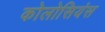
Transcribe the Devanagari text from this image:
कोलोसियंस